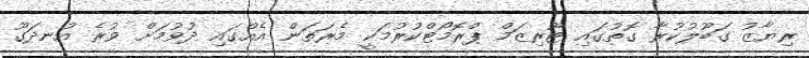
ރިޔާޒު ގަބޫލުކުރާ ގޮތުގައި ޓޫރިޒަމް ޕްރޮމޯޓްކުރުމަކީ މެރަތަން އެއްގައި ދުވުމަށް ވުރެ އުނދަގޫ